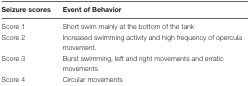
| Seizure scores | Event of Behavior |
 | --- | --- |
 | Score 1 | Short swim mainly at the bottom of the tank |
 | Score 2 | Increased swimming activity and high frequency of opercula movement. |
 | Score 3 | Burst swimming, left and right movements and erratic movements |
 | Score 4 | Circular movements |